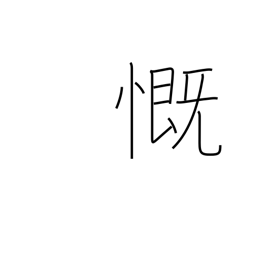
Meaning: rue